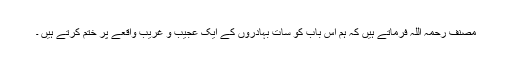
مصنف رحمہ اللہ فرماتے ہیں کہ ہم اس باب کو سات بہادروں کے ایک عجیب و غریب واقعے پر ختم کرتے ہیں ۔